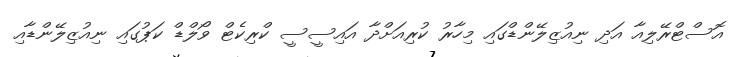
އޮސްޓްރޭލިއާ އަދި ނިއުޒިލޭންޑްގައި މިހާރު ކުރިއަށްދާ އައިސީސީ ކްރިކެޓް ވޯލްޑް ކަޕުގައި ނިއުޒިލޭންޑާއި